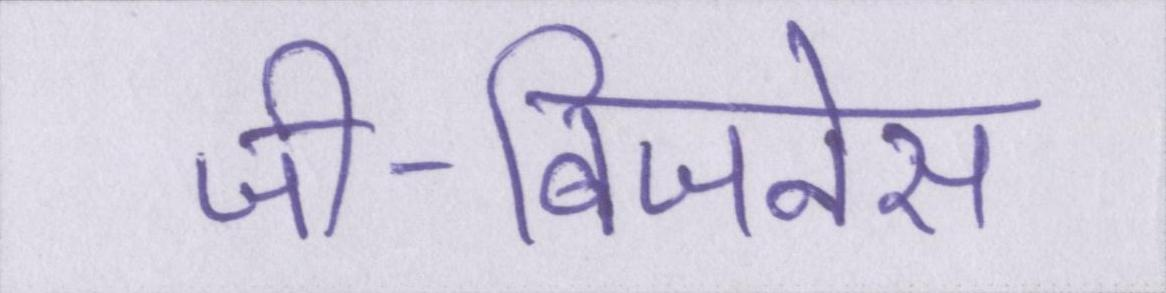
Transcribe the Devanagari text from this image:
जी-बिजनेस